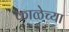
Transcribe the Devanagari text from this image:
काळेच्या